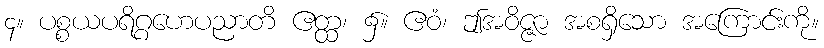
၄။ ပစ္စယပရိဂ္ဂဟေပညာတိ ဧတ္ထ၊ ၌။ ဧဝံ၊ ဤအဝိဇ္ဇာ အစရှိသော အကြောင်းကို။